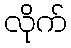
လိုက်